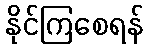
နိုင်ကြစေရန်